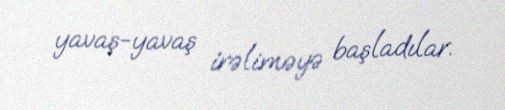
yavaş-yavaş irəliməyə başladılar.